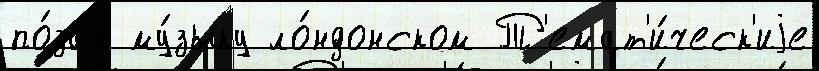
по́зах му́зыку ло́ндонском Т'емат'и́ческ'иjе